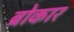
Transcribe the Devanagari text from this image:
ब्रोकार